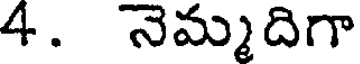
4. నెమ్మదిగా